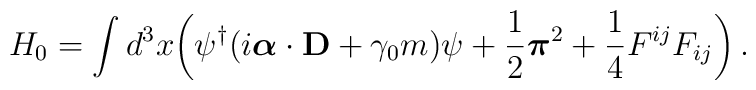
H_0=\int d^3 x \biggl(\psi^\dagger(i\mbox{\boldmath $\alpha$}\cdot{\bf D}+\gamma_0 m)\psi +{1\over 2}\mbox{\boldmath $\pi$}^2+{1\over 4}F^{ij}F_{ij}\biggr)\,.